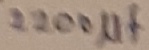
Text: 2200µF